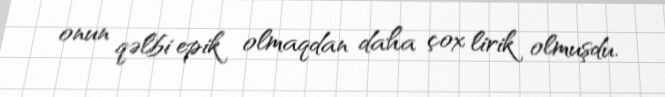
onun qəlbi epik olmaqdan daha çox lirik olmuşdu.